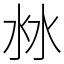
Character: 沝